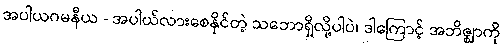
အပါယဂမနီယ - အပါယ်လားစေနိုင်တဲ့ သဘောရှိလို့ပါပဲ၊ ဒါကြောင့် အဘိဇ္ဈာကို